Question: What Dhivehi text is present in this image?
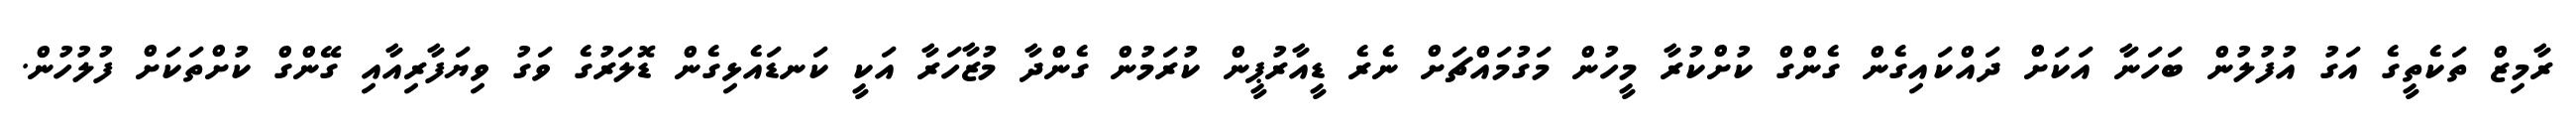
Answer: ރާމިޒް ތަކެތީގެ އަގު އުފުލުން ބަހަނަާ އަކަށް ދައްކައިގެން ގެންގް ކުށްކުރާ މީހުން މަގުމައްޗަށް ނެރެ ޑީއާރުޕީން ކުރަމުން ގެންދާ މުޒާހަރާ އަކީ ކަނޑައެޅިގެން ޑޮލަރުގެ ވަގު ވިޔަފާރިއާއި ގޭންގް ކުށްތަކަށް ފުލުހުން.